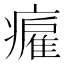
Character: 𤺮